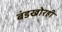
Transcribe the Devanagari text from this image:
बंडखोरही